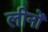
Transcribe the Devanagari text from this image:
लीनों